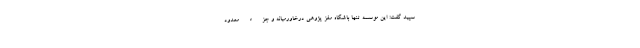
سپید گفت: این موسسه تنها باشگاه مغز پژوهی درخاورمیانه و جزء معدود